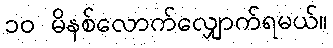
၁၀ မိနစ်လောက်လျှောက်ရမယ်။